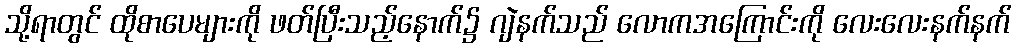
သို့ရာတွင် ထိုစာပေများကို ဖတ်ပြီးသည့်နောက်၌ ဂျဲနက်သည် လောကအကြောင်းကို လေးလေးနက်နက်